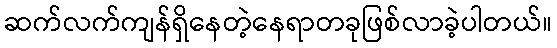
ဆက်လက်ကျန်ရှိနေတဲ့နေရာတခုဖြစ်လာခဲ့ပါတယ်။